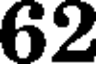
62